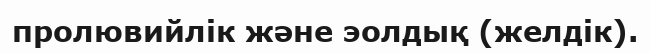
пролювийлік және эолдық (желдік).